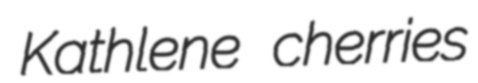
Kathlene cherries